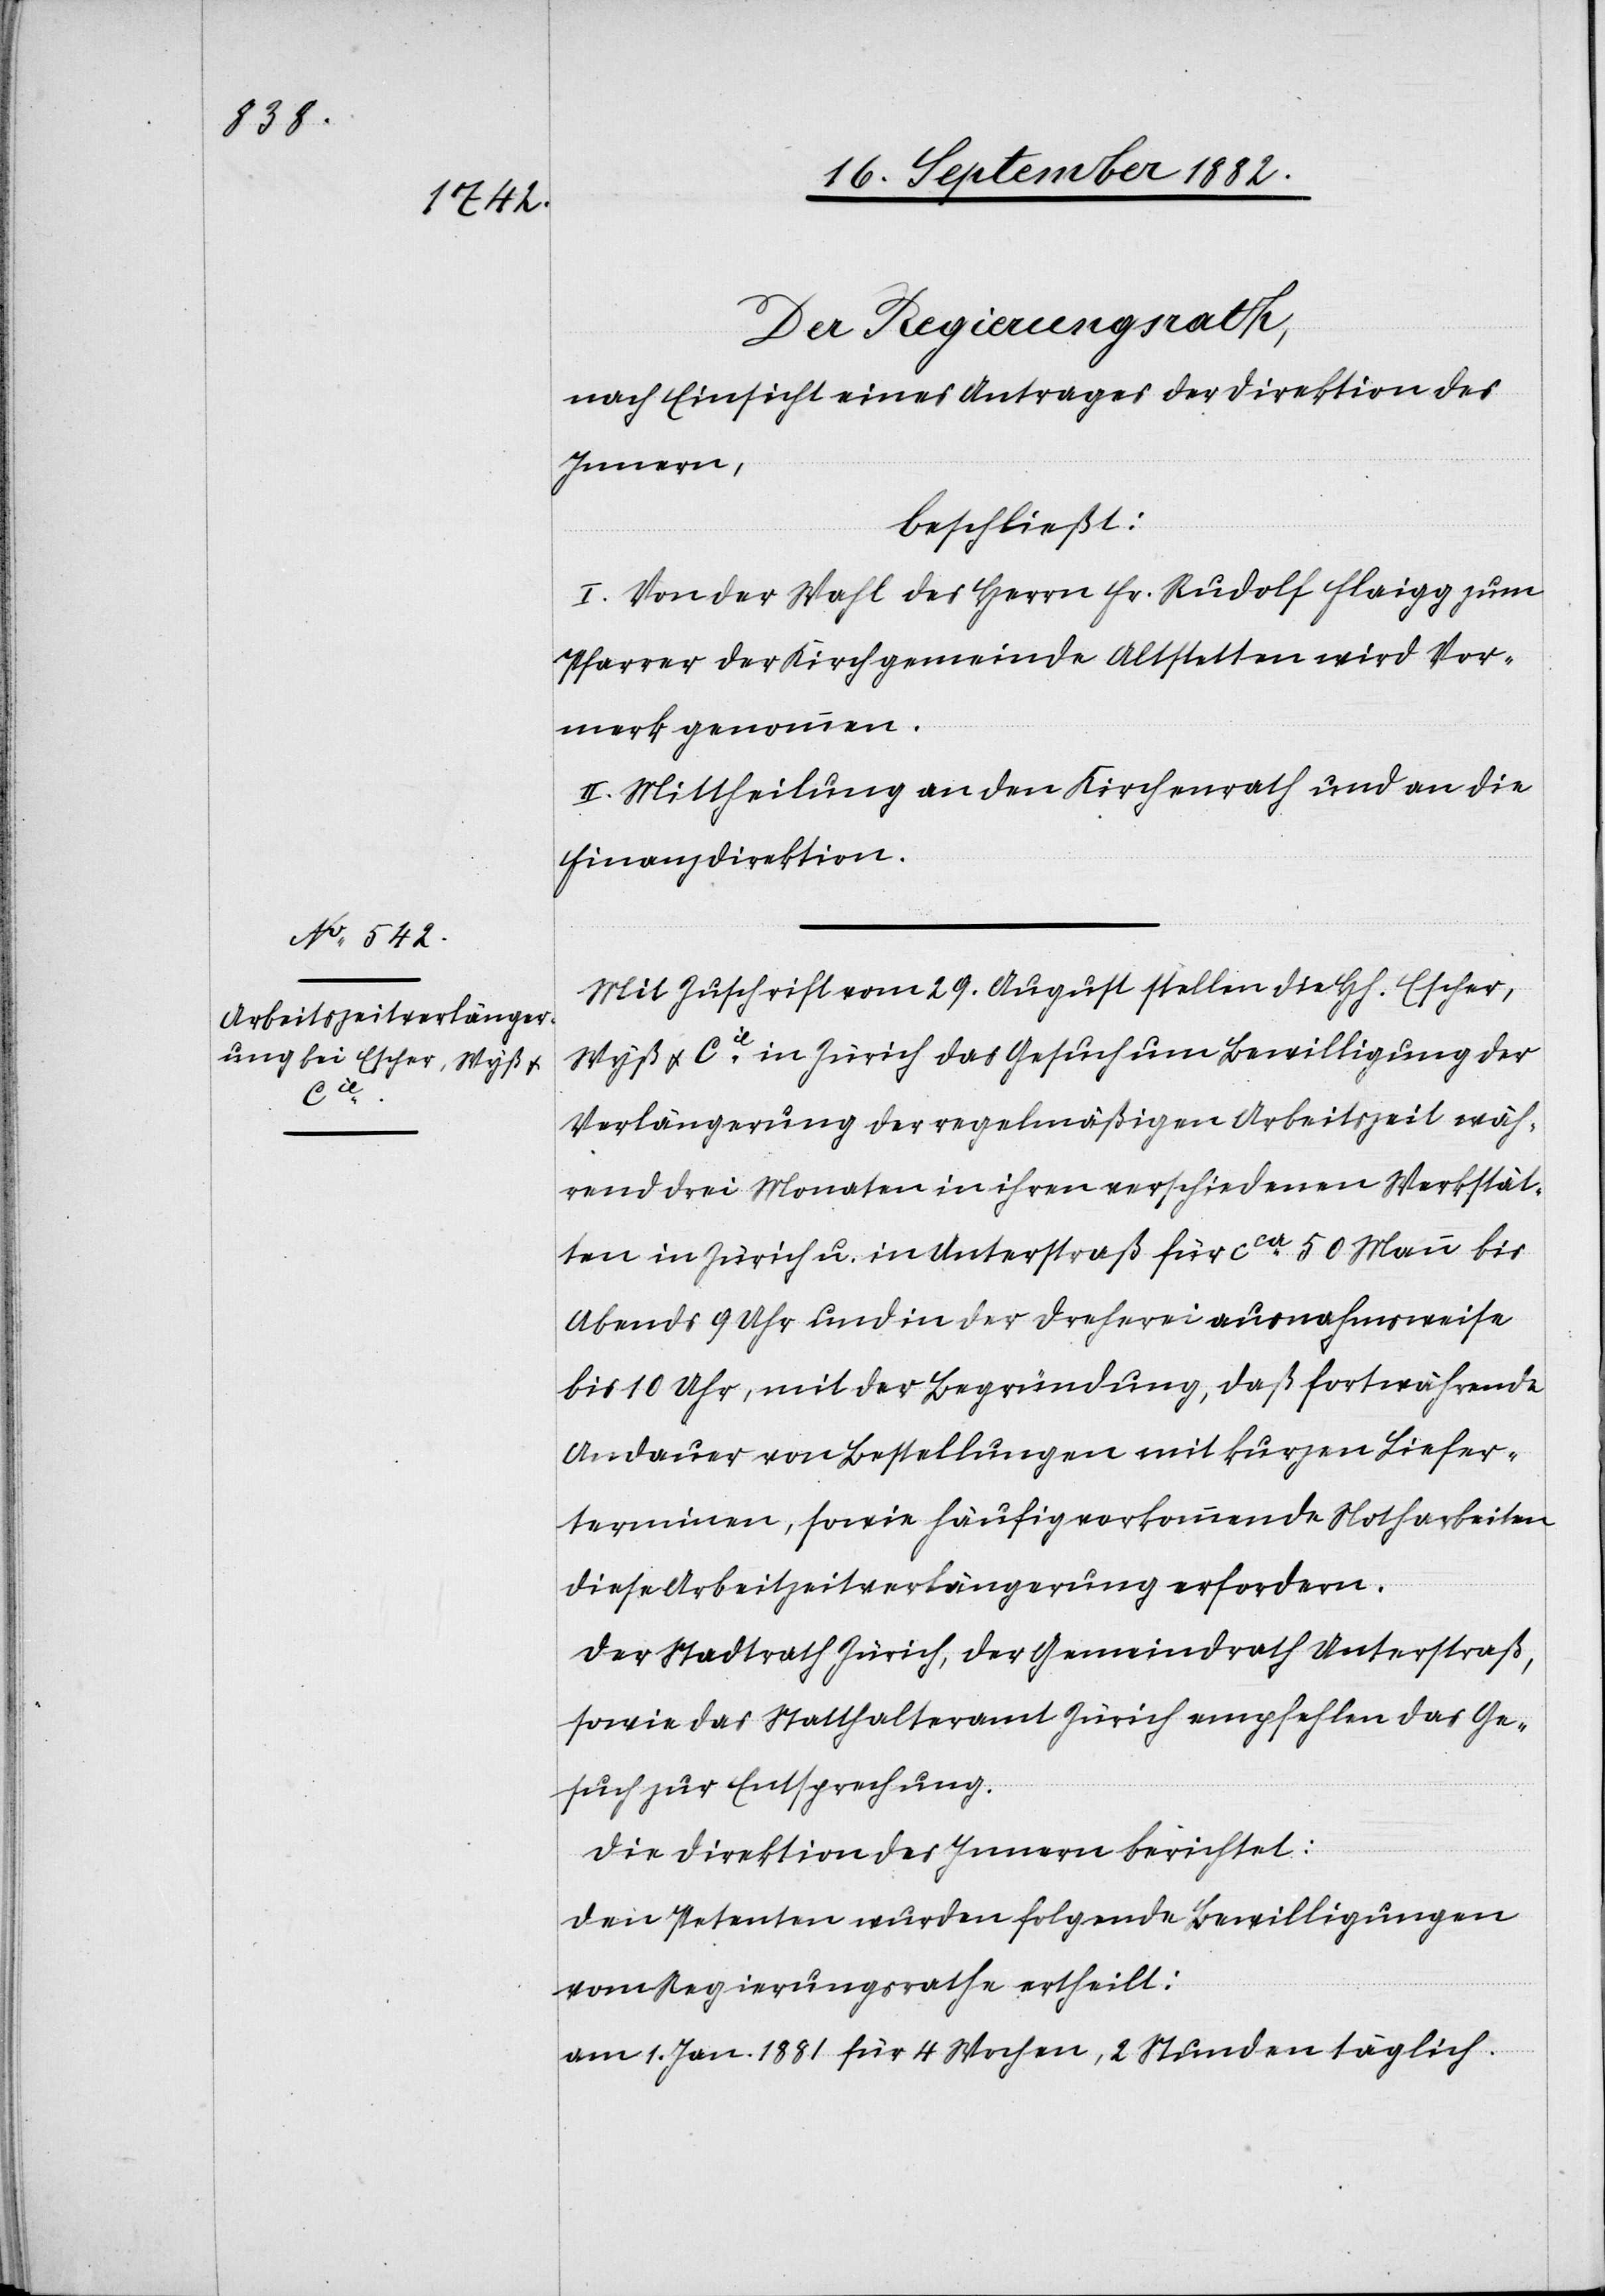
Der Regierungsrath,
nach Einsicht eines Antrages der Direktion des
Innern,
beschließt:
I. Von der Wahl des Herrn Fr. Rudolf Flaigg zum
Pfarrer der Kirchgemeinde Altstetten wird Vor¬
merk genommen.
II. Mittheilung an den Kirchenrath und an die
Finanzdirektion.
Mit Zuschrift vom 29. August stellen die H[erren] Escher,
Wyß & Cie in Zürich das Gesuch um Bewilligung der
Verlängerung der regelmäßigen Arbeitszeit wäh¬
rend drei Monaten in ihren verschiedenen Werkstät¬
ten in Zürich u. in Unterstraß für ca 50 Mann bis
Abends 9 Uhr und in der Dreherei ausnahmsweise
bis 10 Uhr, mit der Begründung, daß fortwährende
Andauer von Bestellungen mit kurzen Liefer¬
terminen, sowie häufig vorkommende Notharbeiten
diese Arbeitszeitverlängerung erfordern.
Der Stadtrath Zürich, der Gemeindrath Unterstraß,
sowie das Statthalteramt Zürich empfehlen das Ge¬
such zur Entsprechung.
Die Direktion des Innern berichtet:
Den Petenten wurden folgende Bewilligungen
vom Regierungsrathe ertheilt: